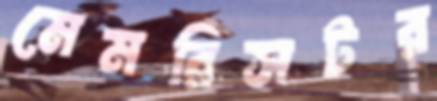
মেমরিসটর